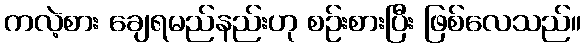
ကလဲ့စား ချေရမည်နည်းဟု စဉ်းစားပြီး ဖြစ်လေသည်။